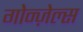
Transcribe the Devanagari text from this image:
गोन्ज़ेल्स